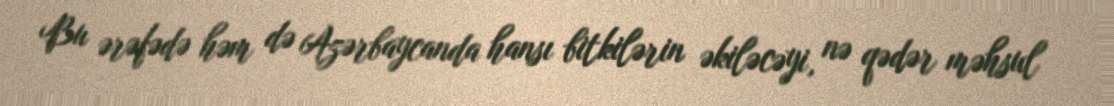
Bu ərəfədə həm də Azərbaycanda hansı bitkilərin əkiləcəyi, nə qədər məhsul